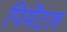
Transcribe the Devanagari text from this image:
पिमेंटल